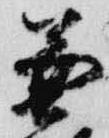
兼